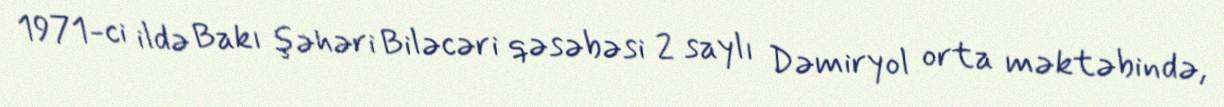
1971-ci ildə Bakı şəhəri Biləcəri qəsəbəsi 2 saylı Dəmiryol orta məktəbində,